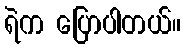
ရဲက ပြောပါတယ်။